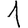
Digit: 1